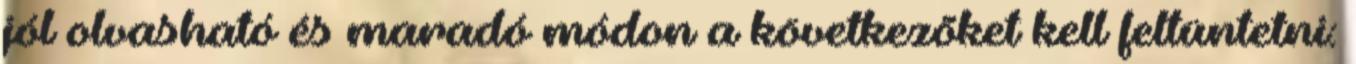
jól olvasható és maradó módon a következõket kell feltüntetni: